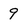
Character: 9